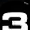
Digit: 3